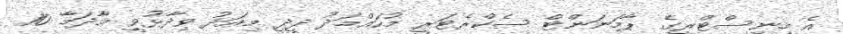
އެ މިނިސްޓްރީގެ ޕާމަނަންޓް ސެކްރެޓަރީ މުހައްމަދު ދީދީ މިއަދު ވިދާޅުވީ މާދަމާ 10